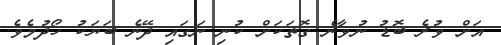
އަށް ވުރެ ބޮޑު ނުވާނެ ގޮތަކަށް ކުނި ނަގައި ދޭނެ ބަޔަކު ހޯދުމެވެ.